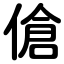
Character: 傖